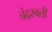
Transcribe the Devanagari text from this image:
चंद्रस्वती